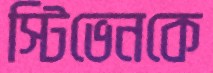
স্টিভেনকে